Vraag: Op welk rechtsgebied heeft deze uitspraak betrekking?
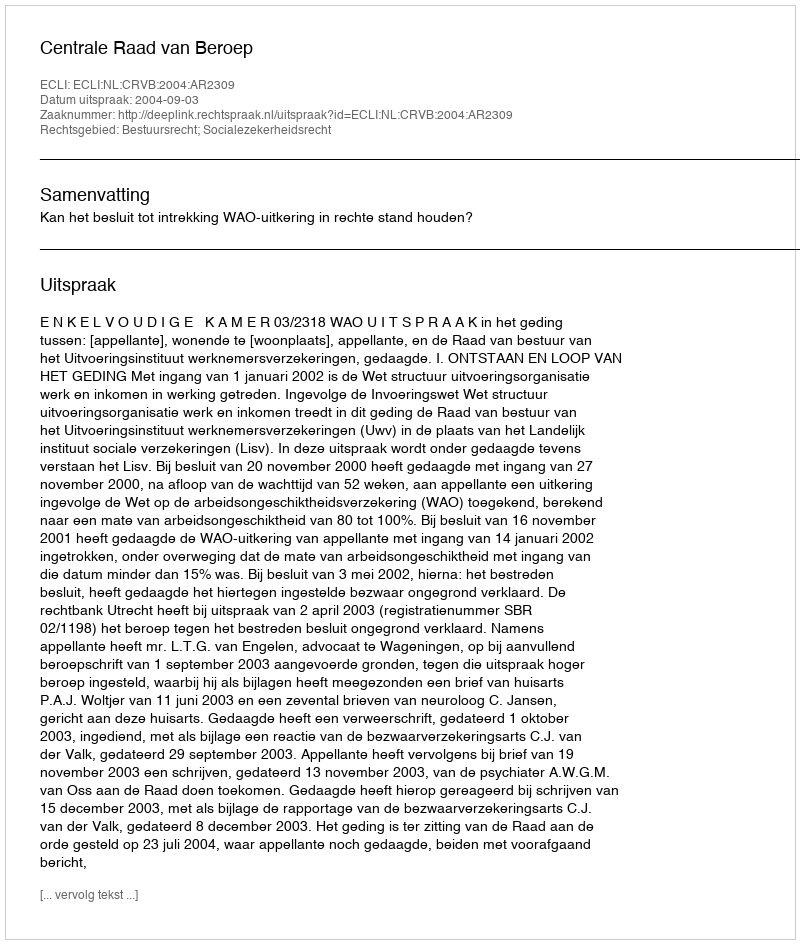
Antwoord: Bestuursrecht; Socialezekerheidsrecht